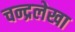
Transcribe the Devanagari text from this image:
चन्द्रलेखा